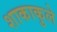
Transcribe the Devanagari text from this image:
शाकाकुले